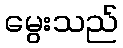
မွေးသည်